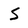
Character: S